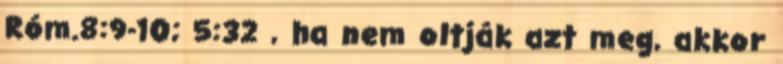
Róm.8:9-10; 5:32 , ha nem oltják azt meg, akkor